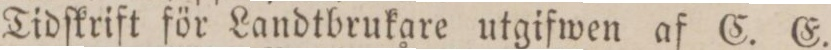
Tidſkrift för Landtbrukare utgifwen af C. E.